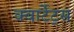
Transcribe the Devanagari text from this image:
क्वार्टेट्स